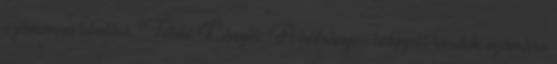
számomra lehetővé. Teleki László: A hátrányos helyzetű tanulók számára